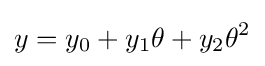
y=y_{0}+y_{1}\theta +y_{2}\theta ^{2}